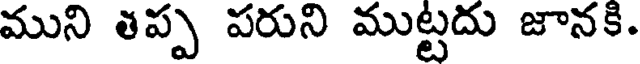
ముని తప్ప పరుని ముట్టదు జానకి.